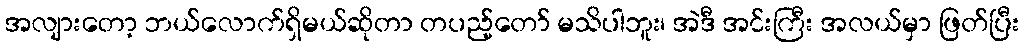
အလျားတော့ ဘယ်လောက်ရှိမယ်ဆိုတာ တပည့်တော် မသိပါဘူး၊ အဲဒီ အင်းကြီး အလယ်မှာ ဖြတ်ပြီး